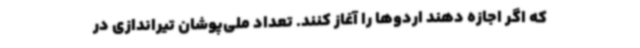
که اگر اجازه دهند اردوها را آغاز کنند. تعداد ملی‌پوشان تیراندازی در